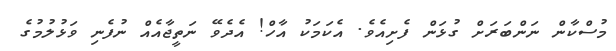
މުސްކާން ނަންބަރަށް ގުޅަން ފެށިއެވެ. އެކަމަކު އާހް! އެދެވޭ ނަތީޖާއެއް ނުފެނި ވަޅުލުމުގެ